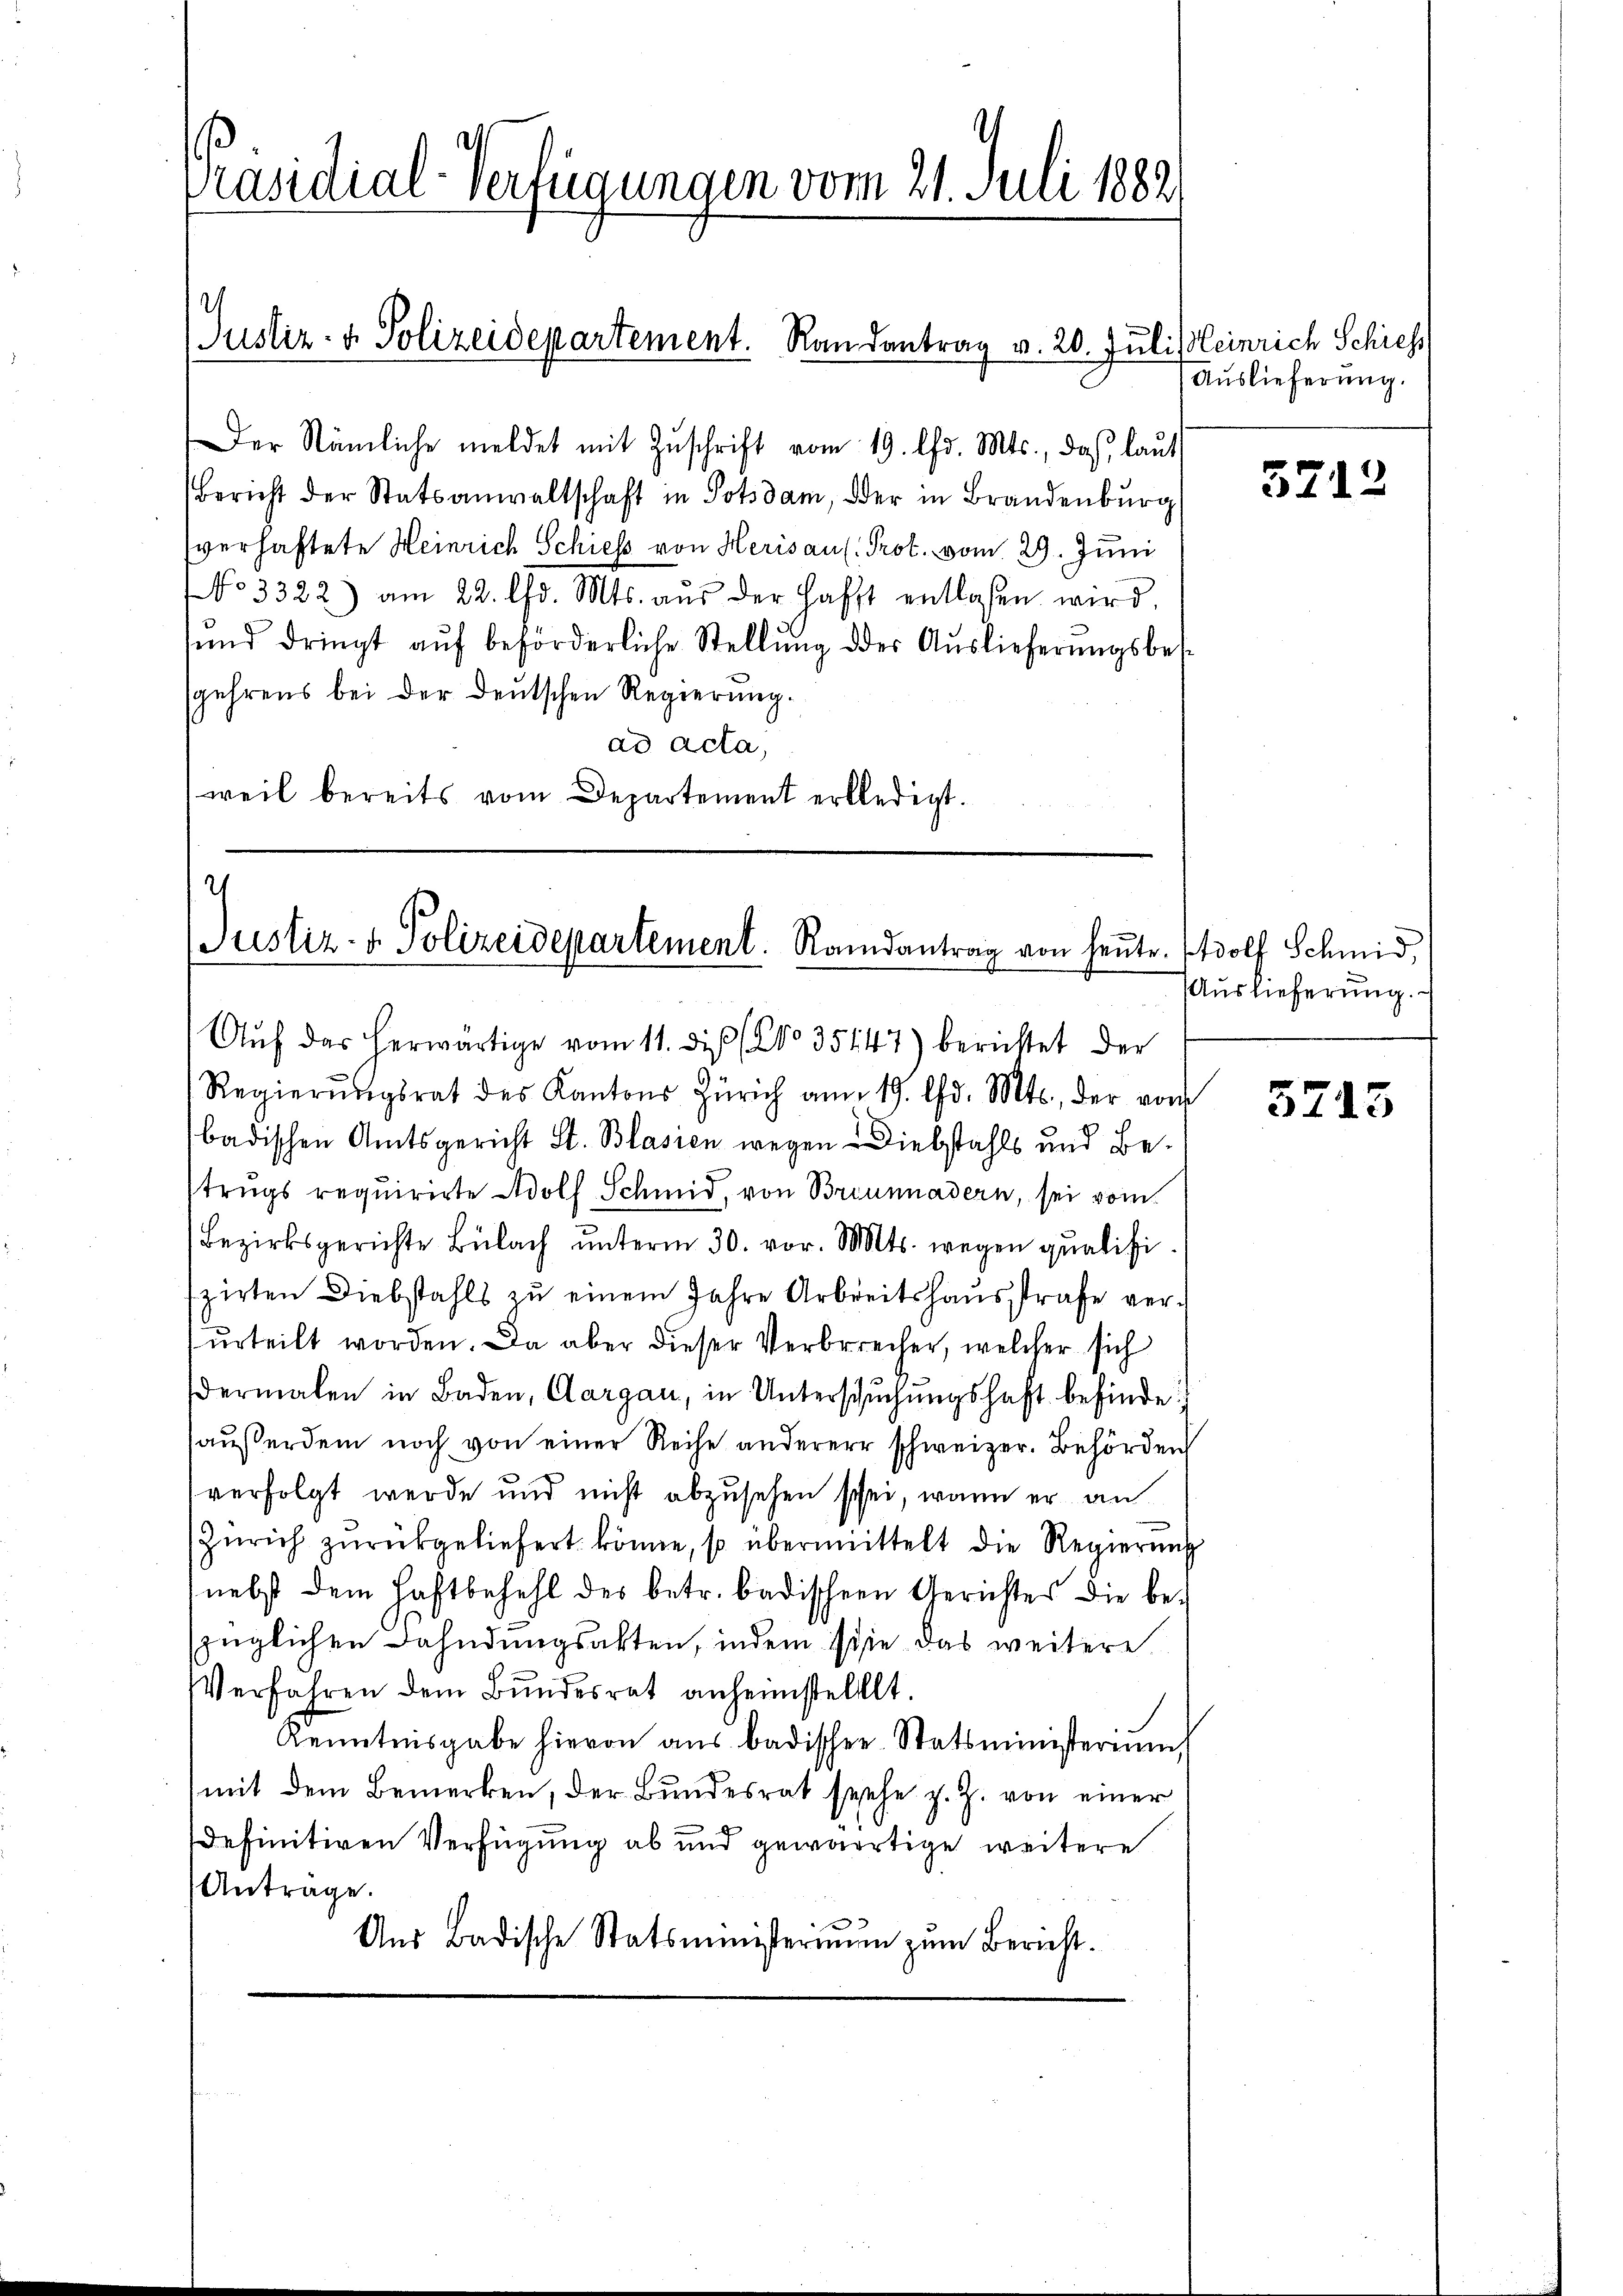
Präsidial-Verfügungen vom 21. Juli 1882

Justiz- & Polizeidepartement. Randantrag v. 20. Julissleinrich Schieh

Der Stämliche meldet mit Zŭschrift vom 19. Chr. Mts., daß laut
Bericht der Statsanwaltschaft in Potsdam, der in Brandenburg
sverhaftete Heinrich Schiess von Herisaul. Prot. vom 29. Juni
No 3322) am 22. lfd. Mts. aŭs der Hafft entlaßen wird.
sund dringt aŭf beförderliche Stellŭng des Auslieferungsbes
gehrens bei der deutschen Regierung.
ad acta,
weil bereits vom Departement erbledigt.

Justiz- & Polizeidepartement. Randantrag von heute.

Auslieferung.

Aŭf das herwärtige vom 11. dieß (No 35147) berichtet der
Regierŭngsrat des Kantons Zürich am 19. d. Mts., der vom
badischen Amtsgericht St. Blasien wegen Diebstahls und Betrugs requirirte Adolf Schmid, von Brunnadern, sei vom
Bezirksgerichte Bülach unterm 30. vor. Mts. wegen qualifiszirten Diebstahls zu einem Jahre Arbreitshausstrafe ver-
urteilt worden. Da aber dieser Verbrecher, welcher sich
dermalen in Baden, Aargau, in Untersŭchŭngshaft befinde:
haußerdem noch von einer Reihe anderer schweizer. Behörden
verfolgt werde und nicht abzusehen schei, wenn er an
Zürich zurückgeliefert könne, so übermittelt die Regierung
nebst dem Haftbefehl des betr. badischen Gerichtes die bezüglichen Dahndungsakten, indem sie das weitere
Verfahren dem Bundesrat anheimstelllt.
Kenntnisgabe hievon aus badischen Statsministerium
mit dem Bemerken, der Bundesrat siehe z. Z. von einer
definitiven Verfügung ab und gewärtige weitere
Anträge.
Ans Badische Statsministeriŭm zŭm Bericht.

5212

Adolf Schmid,
Auslieferung.

5713